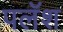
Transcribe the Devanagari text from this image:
पलॅश